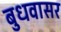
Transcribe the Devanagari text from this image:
बुधवासर